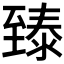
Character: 𬛴